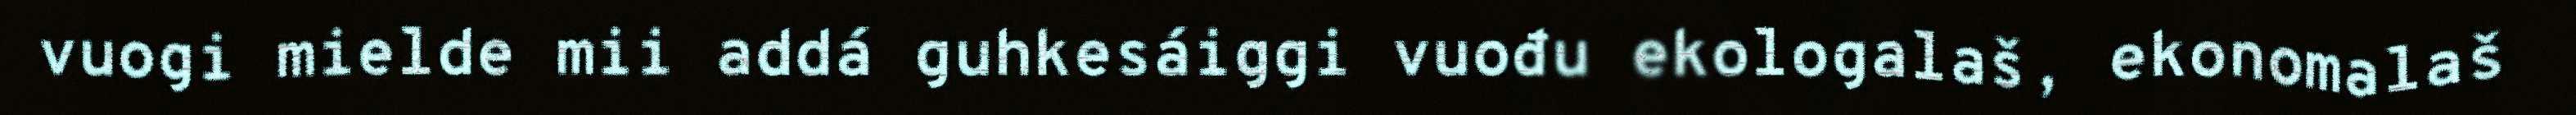
vuogi mielde mii addá guhkesáiggi vuođu ekologalaš, ekonomalaš